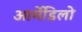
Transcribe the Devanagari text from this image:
आर्मेडिलो